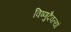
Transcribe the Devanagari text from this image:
विष्णुदैवत्यां